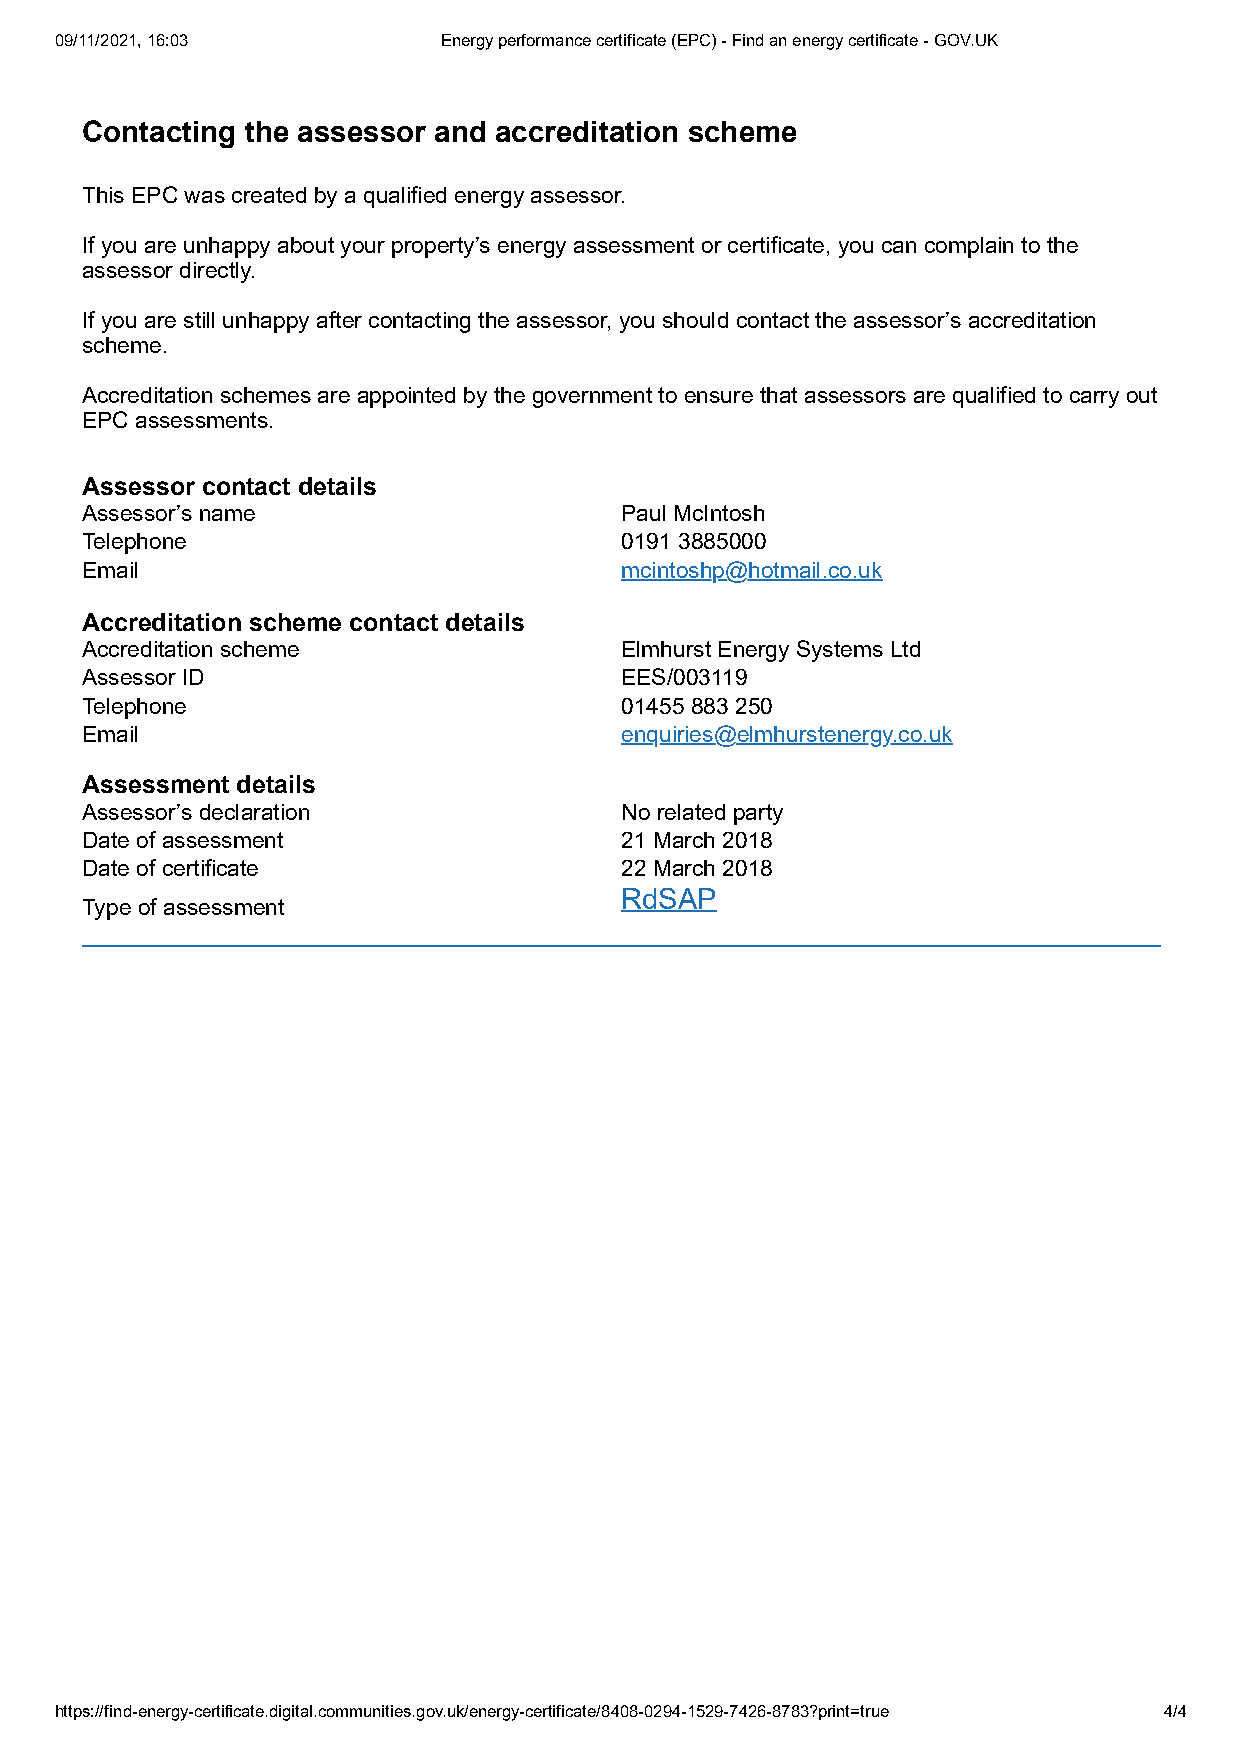
09/11/2021, 16:03        Energy performance certificate (EPC) - Find an energy certificate - GOV.UK
 Contacting the assessor and accreditation scheme
 This EPC was created by a qualified energy assessor.
 If you are unhappy about your property’s energy assessment or certificate, you can complain to the
 assessor directly.
 If you are still unhappy after contacting the assessor, you should contact the assessor’s accreditation
 scheme.
 Accreditation schemes are appointed by the government to ensure that assessors are qualified to carry out
 EPC assessments.
 Assessor contact details
 Assessor’s name                     Paul McIntosh
 Telephone                           0191 3885000
 Email                               mcintoshp@hotmail.co.uk
 Accreditation scheme contact details
 Accreditation scheme                Elmhurst Energy Systems Ltd
 Assessor ID                         EES/003119
 Telephone                           01455 883 250
 Email                               enquiries@elmhurstenergy.co.uk
 Assessment details
 Assessor’s declaration              No related party
 Date of assessment                  21 March 2018
 Date of certificate                 22 March 2018
 RdSAP
 Type of assessment
 https://find-energy-certificate.digital.communities.gov.uk/energy-certificate/8408-0294-1529-7426-8783?print=true 4/4